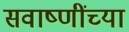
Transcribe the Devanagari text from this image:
सवाष्णींच्या